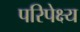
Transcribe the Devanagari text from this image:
परिपेक्ष्‍य